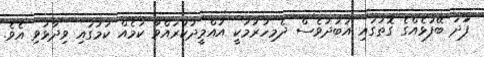
ފަަދަ ބޭފުޅެއްގެ ގޮތުގައި އަބަދުވެސް ދެމިހުރުމަކީ އުއްމީދުކުރައްވާ ކަމެއް ކަމުގައި ވިދާޅުވި އެވެ.